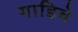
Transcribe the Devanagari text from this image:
गाडिचे